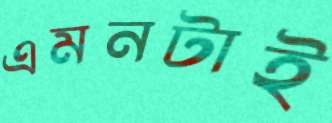
এমনটাই